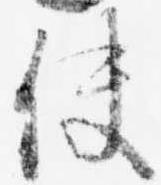
使